Civil Veterinary Dept. Bombay admin report 1914-1922 - 1914-1922
Year: 1914
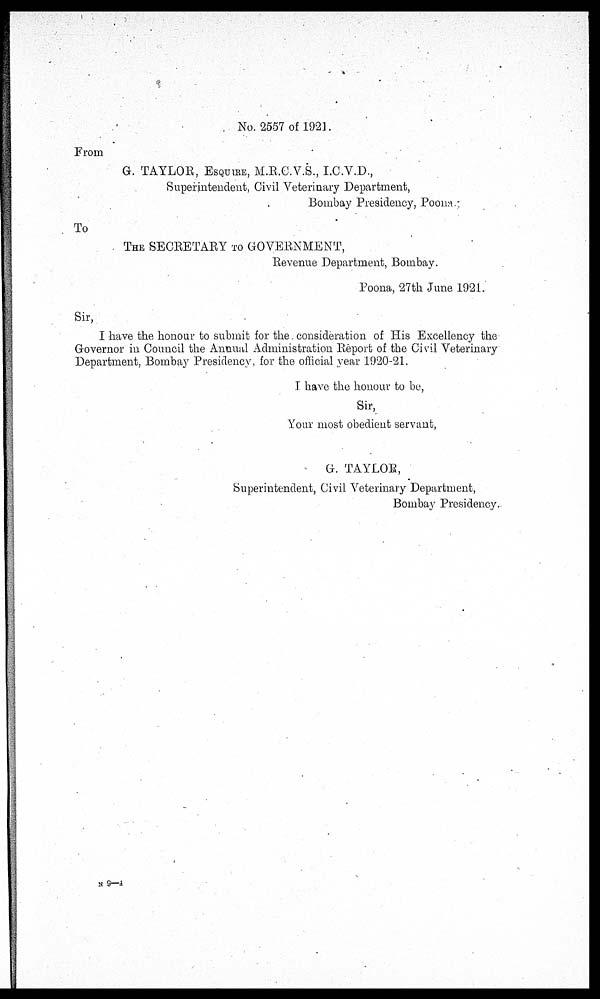
No. 2557 of 1921.
From
G. TAYLOR, ESQUIRE, M.R.C.V.S., I.C.V.D.,
Superintendent, Civil Veterinary Department,
Bombay Presidency, Poona
To
THE SECRETARY TO GOVERNMENT,
Revenue Department, Bombay.
Poona, 27th June 1921.
Sir,
I have the honour to submit for the consideration of His Excellency the
Governor in Council the Annual Administration Report of the Civil Veterinary
Department, Bombay Presidency, for the official year 1920-21.
I have the honour to be,
Sir,
Your most obedient servant,
G. TAYLOR,
Superintendent, Civil Veterinary Department,
Bombay Presidency.
N 9—4